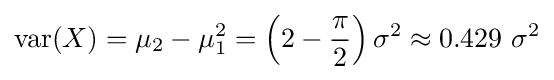
\operatorname {var} (X)=\mu _{2}-\mu _{1}^{2}=\left(2-{\frac {\pi }{2}}\right)\sigma ^{2}\approx 0.429\ \sigma ^{2}